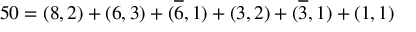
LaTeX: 5 0 = ( 8 , 2 ) + ( 6 , 3 ) + ( \overline { { { 6 } } } , 1 ) + ( 3 , 2 ) + ( \overline { { { 3 } } } , 1 ) + ( 1 , 1 )